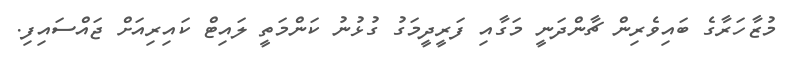
މުޒާހަރާގެ ބައިވެރިން ޗާންދަނީ މަގާއި ފަރީދީމަގު ގުޅުނު ކަންމަތީ ލައިޓް ކައިރިއަށް ޖައްސައިފި.